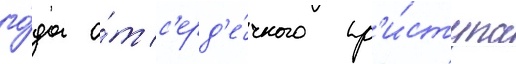
го́да о́т с'ерд'е́чного пр'и́ступа